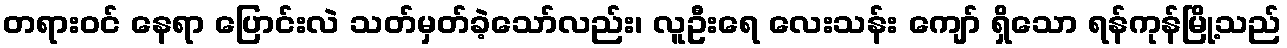
တရားဝင် နေရာ ပြောင်းလဲ သတ်မှတ်ခဲ့သော်လည်း၊ လူဦးရေ လေးသန်း ကျော် ရှိသော ရန်ကုန်မြို့သည်